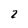
Character: 2